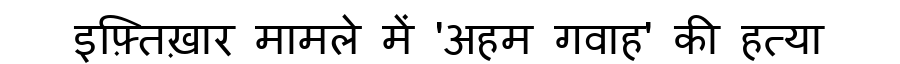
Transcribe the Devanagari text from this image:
इफ़्तिख़ार मामले में 'अहम गवाह' की हत्या